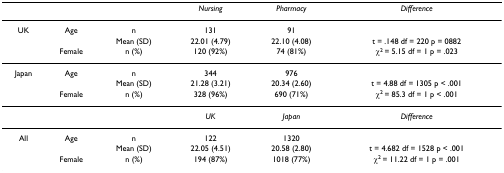
<table><thead><tr><td></td><td></td><td></td><td><b><i>Nursing</i></b></td><td><b><i>Pharmacy</i></b></td><td><b><i>Difference</i></b></td></tr></thead><tbody><tr><td>UK</td><td>Age</td><td>n</td><td>131</td><td>91</td><td></td></tr><tr><td></td><td></td><td>Mean (SD)</td><td>22.01 (4.79)</td><td>22.10 (4.08)</td><td>t = .148 df = 220 p = 0882</td></tr><tr><td></td><td>Female</td><td>n (%)</td><td>120 (92%)</td><td>74 (81%)</td><td>χ<sup>2 </sup>= 5.15 df = 1 p = .023</td></tr><tr><td>Japan</td><td>Age</td><td>n</td><td>344</td><td>976</td><td></td></tr><tr><td></td><td></td><td>Mean (SD)</td><td>21.28 (3.21)</td><td>20.34 (2.60)</td><td>t = 4.88 df = 1305 p &lt; .001</td></tr><tr><td></td><td>Female</td><td>n (%)</td><td>328 (96%)</td><td>690 (71%)</td><td>χ<sup>2 </sup>= 85.3 df = 1 p &lt; .001</td></tr><tr><td></td><td></td><td></td><td><i>UK</i></td><td><i>Japan</i></td><td><i>Difference</i></td></tr><tr><td>All</td><td>Age</td><td>n</td><td>122</td><td>1320</td><td></td></tr><tr><td></td><td></td><td>Mean (SD)</td><td>22.05 (4.51)</td><td>20.58 (2.80)</td><td>t = 4.682 df = 1528 p &lt; .001</td></tr><tr><td></td><td>Female</td><td>n (%)</td><td>194 (87%)</td><td>1018 (77%)</td><td>χ<sup>2 </sup>= 11.22 df = 1 p = .001</td></tr></tbody></table>